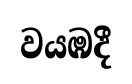
වයඹදී